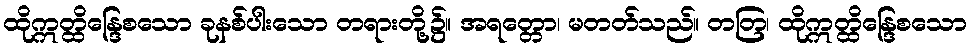
ထိုဣတ္ထိန္ဒြေစသော ခုနစ်ပါးသော တရားတို့၌။ အရတ္တော၊ မတတ်သည်။ တတြ၊ ထိုဣတ္ထိန္ဒြေစသော